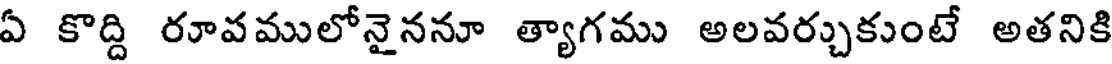
ఏ కొద్ది రూవములోనైననూ త్యాగము అలవర్చుకుంటే అతనికి